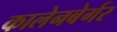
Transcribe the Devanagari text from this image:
कालेनबेर्गर